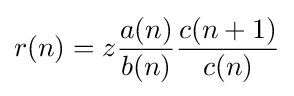
r(n)=z{\frac {a(n)}{b(n)}}{\frac {c(n+1)}{c(n)}}